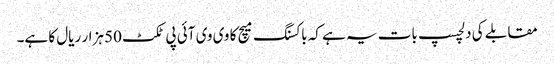
مقابلے کی دلچسپ بات یہ ہے کہ باکسنگ میچ کا وی وی آئی پی ٹکٹ 50 ہزار ریال کا ہے۔